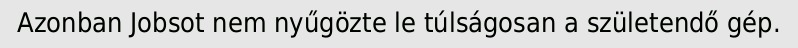
Azonban Jobsot nem nyűgözte le túlságosan a születendő gép.